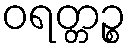
ဝရတ္တဉ္စ